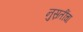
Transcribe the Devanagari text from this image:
नुस्रतींचा